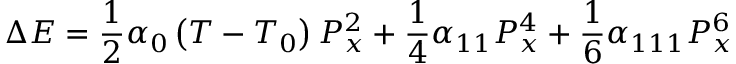
\Delta E = { \frac { 1 } { 2 } } \alpha _ { 0 } \left( T - T _ { 0 } \right) P _ { x } ^ { 2 } + { \frac { 1 } { 4 } } \alpha _ { 1 1 } P _ { x } ^ { 4 } + { \frac { 1 } { 6 } } \alpha _ { 1 1 1 } P _ { x } ^ { 6 }